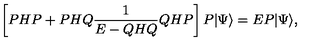
\left[ P H P + P H Q \frac { 1 } { E - Q H Q } Q H P \right] P | \Psi \rangle = E P | \Psi \rangle ,